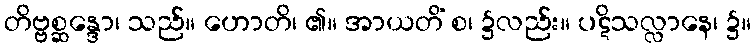
တိဗ္ဗစ္ဆန္ဒော၊ သည်။ ဟောတိ၊ ၏။ အာယတိံ စ၊ ၌လည်း။ ပဋိသလ္လာနေ၊ ၌။